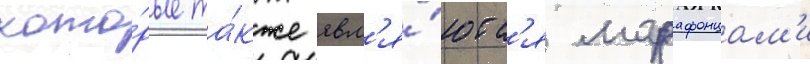
кото́рые та́кже явл'я́ютс'я марафонцам'и